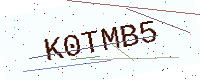
Text: K0TMB5